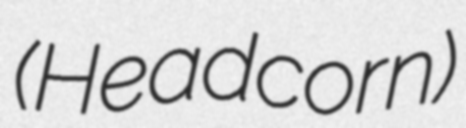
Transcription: (Headcorn)